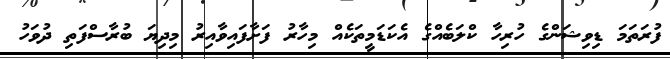
ފުރަތަމަ ޑިވިޝަންގެ ހުރިހާ ކްލަބެއްގެ އެކަޑަމީތަކެއް މިހާރު ފަށާފައިވާއިރު މިދިޔަ ބުރާސްފަތި ދުވަހު